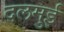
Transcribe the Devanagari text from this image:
दलमुई